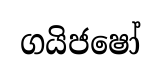
ගයිජෂෝ